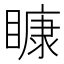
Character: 𥉽